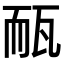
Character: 𤭃